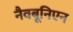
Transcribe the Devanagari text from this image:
नैवबूनिएन